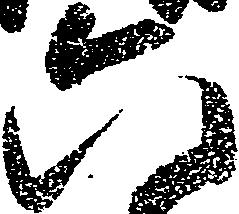
六